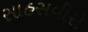
સાહસવીરો